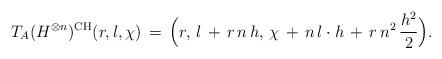
LaTeX: \begin{align*} T_A(H^{\otimes n})^{{\rm CH}}(r,l,\chi) \, = \, \Big(r, \, l\, +\, r\,n\,h, \, \chi\, +\, n\,l\cdot h\,+ \,r\,n^2 \, \frac{h^2}{2}\Big). \end{align*}